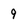
Character: 9